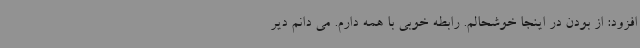
افزود: از بودن در اینجا خوشحالم. رابطه خوبی با همه دارم. می دانم دیر